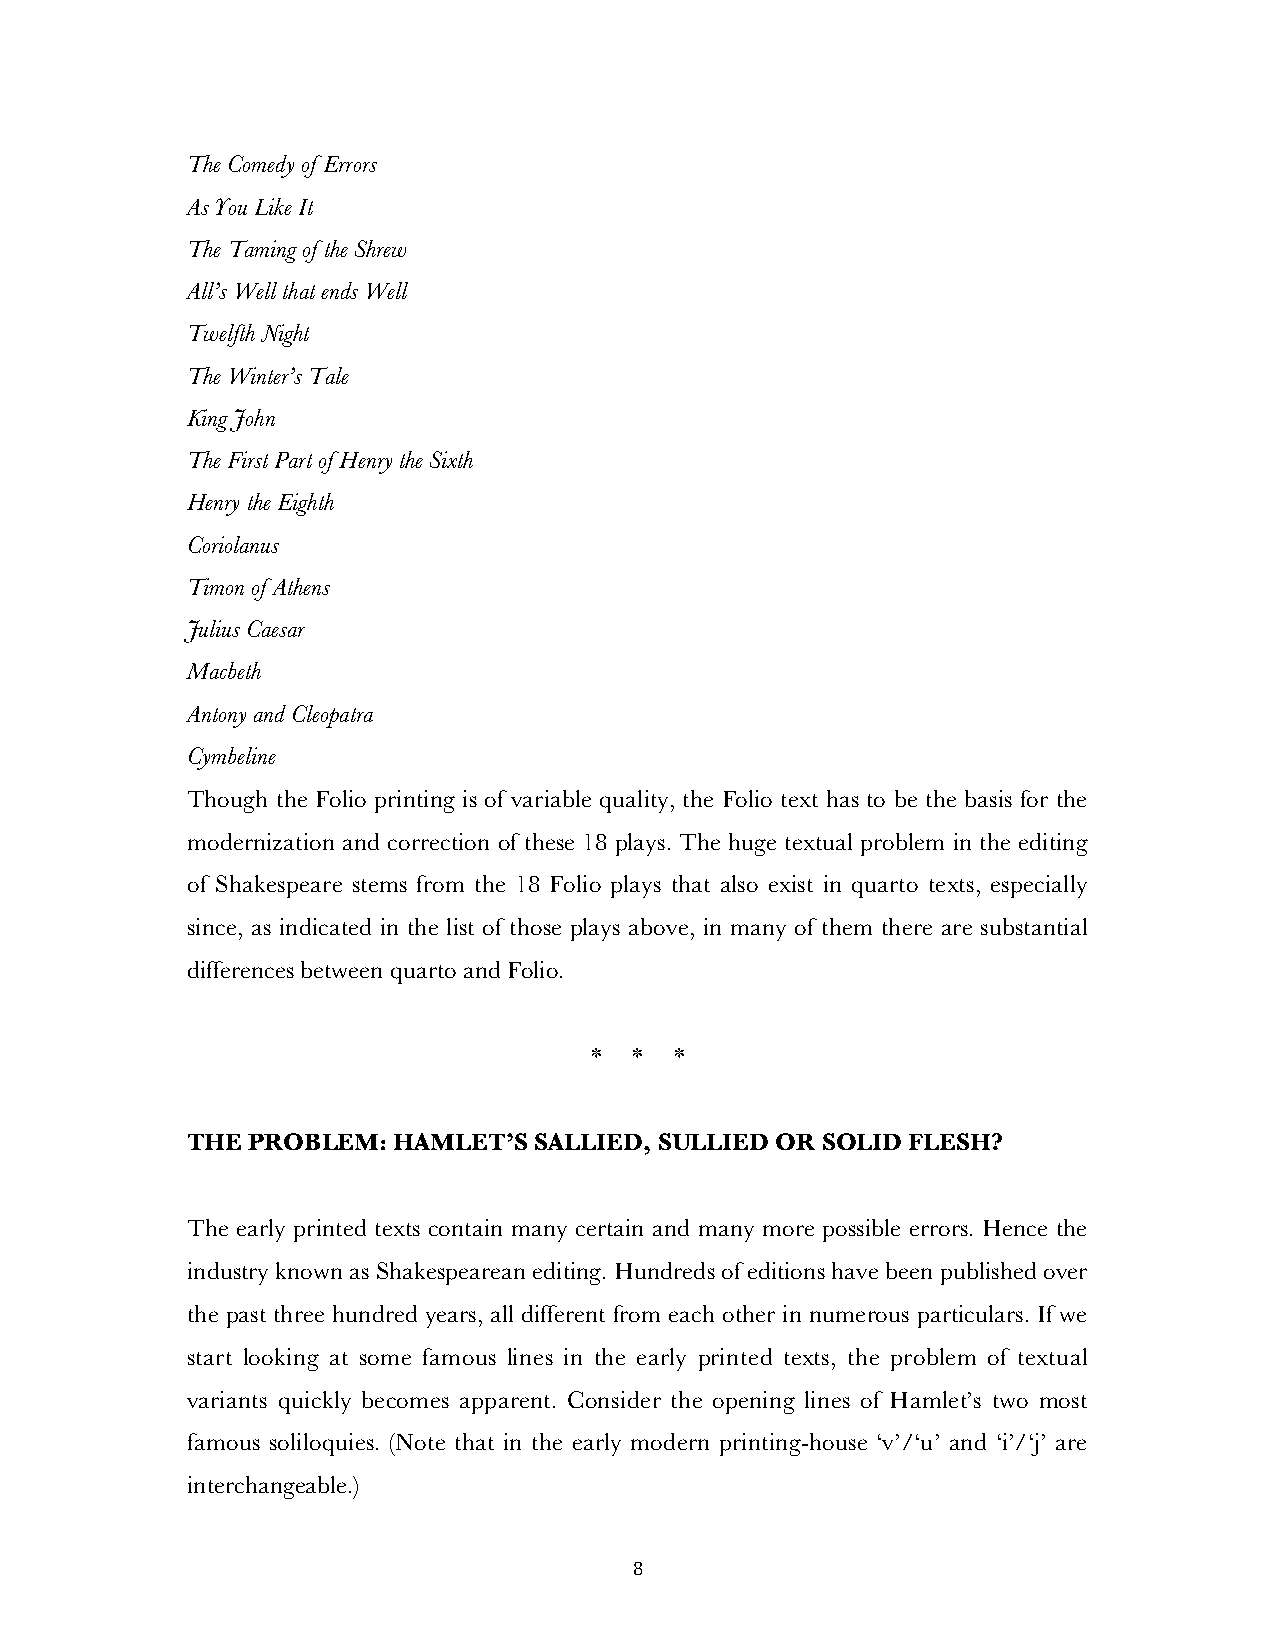
The Comedy of Errors
 As You Like It
 The Taming of the Shrew
 All’s Well that ends Well
 Twelfth Night
 The Winter’s Tale
 King John
 The First Part of Henry the Sixth
 Henry the Eighth
 Coriolanus
 Timon of Athens
 Julius Caesar
 Macbeth
 Antony and Cleopatra
 Cymbeline
 Though the Folio printing is of variable quality, the Folio text has to be the basis for the
 modernization and correction of these 18 plays. The huge textual problem in the editing
 of Shakespeare stems from the 18 Folio plays that also exist in quarto texts, especially
 since, as indicated in the list of those plays above, in many of them there are substantial
 differences between quarto and Folio.
 *  *  *
 THE PROBLEM:  HAMLET’S SALLIED, SULLIED OR SOLID FLESH?
 The early printed texts contain many certain and many more possible errors. Hence the
 industry known as Shakespearean editing. Hundreds of editions have been published over
 the past three hundred years, all different from each other in numerous particulars. If we
 start looking at some famous lines in the early printed texts, the problem of textual
 variants quickly becomes apparent. Consider the opening lines of Hamlet’s two most
 famous soliloquies. (Note that in the early modern printing-house ‘v’/‘u’ and ‘i’/‘j’ are
 interchangeable.)
 8